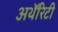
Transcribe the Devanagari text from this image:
अथॅरिटी